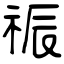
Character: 祳